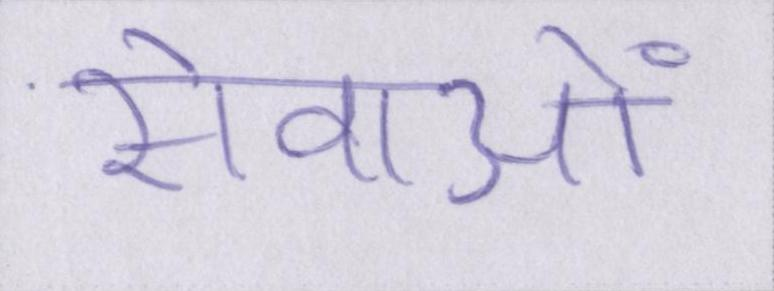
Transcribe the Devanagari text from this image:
सेवाओं